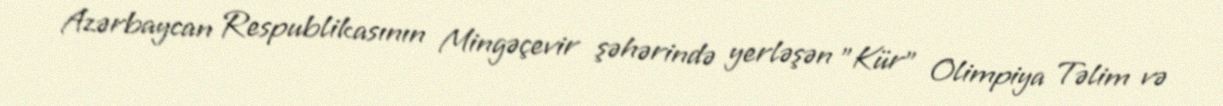
Azərbaycan Respublikasının Mingəçevir şəhərində yerləşən "Kür" Olimpiya Təlim və